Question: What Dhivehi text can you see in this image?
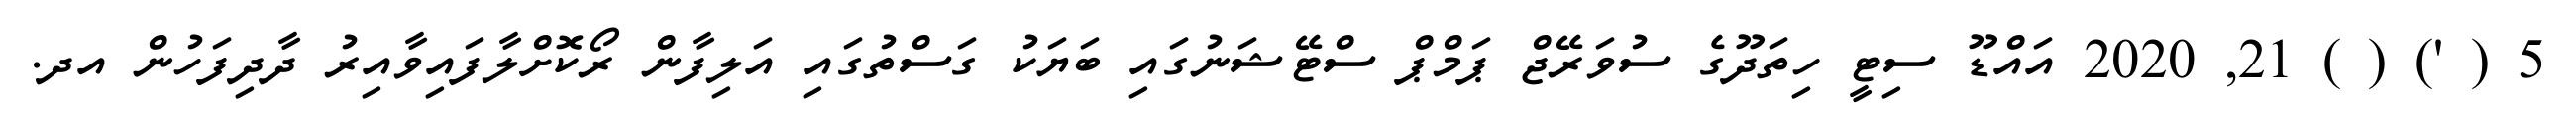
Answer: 5 ( ') ( ) 21, 2020 އައްޑޫ ސިޓީ ހިތަދޫގެ ސުވަރޭޖް ޕަމްޕް ސްޓޭޝަނުގައި ބަޔަކު ގަސްތުގައި އަލިފާން ރޯކޮށްލާފައިވާއިރު ދާދިފަހުން އދ.